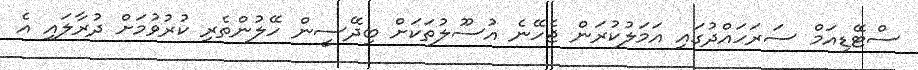
ސްޓޭޑިއަމް ސަރަހައްދުގައި އަމަލުކުރަން ޖެހޭނެ އުސޫލުތަކަށް ބިދޭސީން ހޭލުންތެރި ކުރުވުމަށް ދުރާލައި އެ